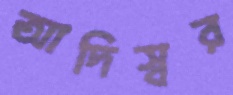
আদিস্বর